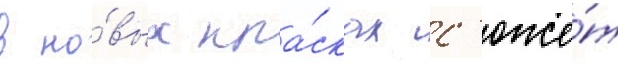
в но́вых кра́сках с'юже́т